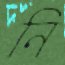
নি